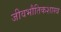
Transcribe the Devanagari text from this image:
जीवभौतिकशास्त्र